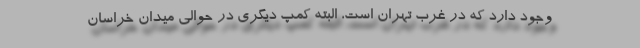
وجود دارد که در غرب تهران است، البته کمپ دیگری در حوالی میدان خراسان